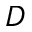
D